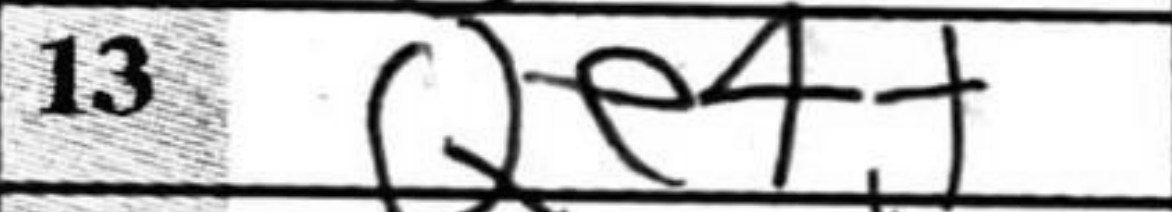
Transcription: Qe4+